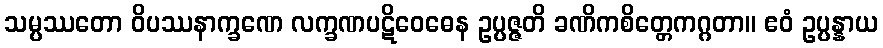
သမ္ပဿတော ဝိပဿနာက္ခဏေ လက္ခဏပဋိဝေဓေန ဥပ္ပဇ္ဇတိ ခဏိကစိတ္တေကဂ္ဂတာ။ ဧဝံ ဥပ္ပန္နာယ